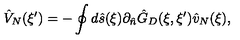
{ \hat { V } _ { N } } ( \xi ^ { \prime } ) = - \oint { d } \hat { s } ( \xi ) { \partial _ { \hat { n } } } { \hat { G } _ { D } } ( \xi , \xi ^ { \prime } ) { \hat { v } _ { N } } ( \xi ) ,